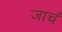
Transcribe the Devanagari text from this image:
जाचं